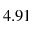
4 . 9 1